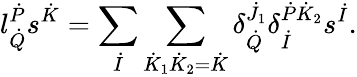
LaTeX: l_{\dot{Q}}^{\dot{P}}s^{\dot{K}}=\sum_{\dot{I}}\sum_{\dot{K}_{1}\dot{K}_{2}=\dot{K}}\delta_{\dot{Q}}^{\dot{J}_{1}}\delta_{\dot{I}}^{\dot{P}\dot{K}_{2}}s^{\dot{I}}.